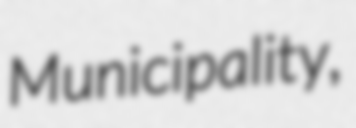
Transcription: Municipality,